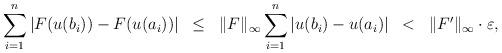
LaTeX: \begin{align*}\sum_{i=1}^n|F(u(b_i)) - F(u(a_i))| \; \; \leq \; \; \|F\|_{\infty} \sum_{i=1}^n |u(b_i) - u(a_i)| \; \;< \; \; \|F'\|_{\infty}\cdot \varepsilon,\end{align*}